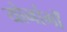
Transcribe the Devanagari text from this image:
योनांगों